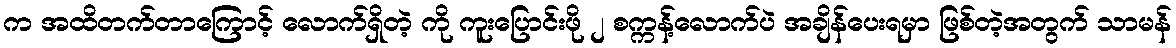
က အထိတက်တာကြောင့် လောက်ရှိတဲ့ ကို ကူးပြောင်းဖို ၂ စက္ကန့်လောက်ပဲ အချိန်ပေးရမှာ ဖြစ်တဲ့အတွက် သာမန်